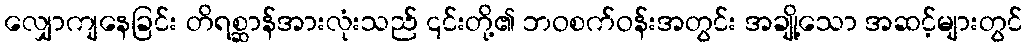
လျှောကျနေခြင်း တိရစ္ဆာန်အားလုံးသည် ၎င်းတို့၏ ဘဝစက်ဝန်းအတွင်း အချို့သော အဆင့်များတွင်